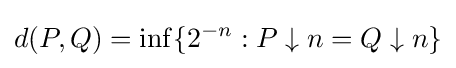
d(P,Q)=\mathrm {inf} \{2^{-n}:P\downarrow n=Q\downarrow n\}